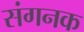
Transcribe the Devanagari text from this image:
संगनक